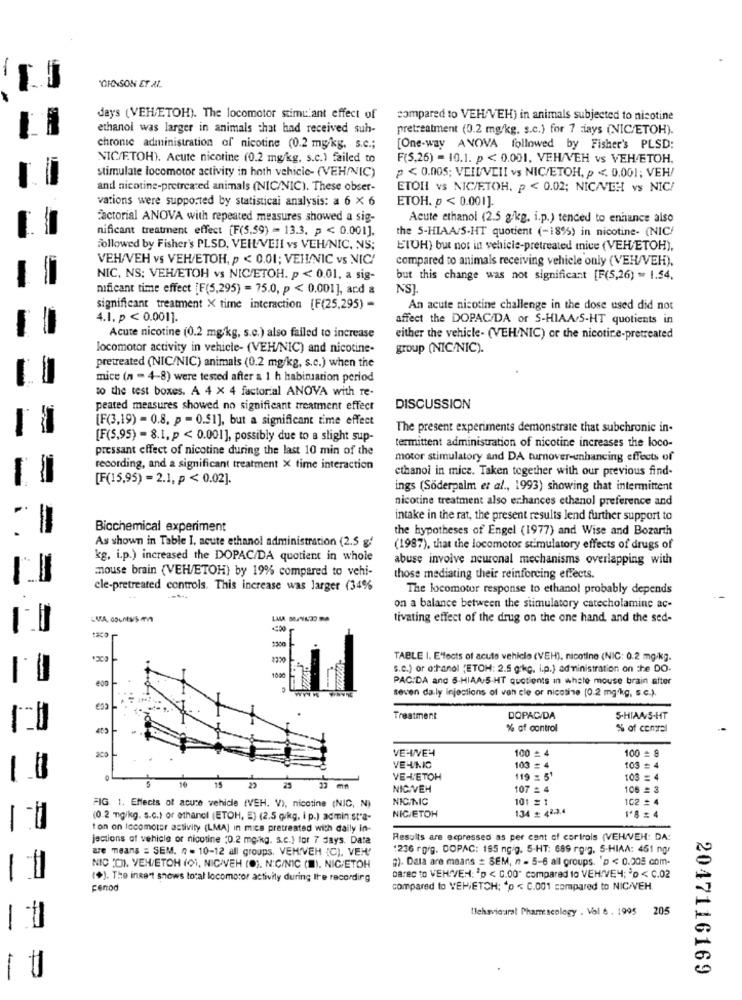
JOHNSON ET AL.
days (VEHETOH). The locomotor stimulant effect of
compared to VEH/VEH) in animals subjected to nicotine
ethanol was larger in animals that had received suh-
pretreatment (0.2 mg/kg. s.c.) for 7 ciays (NIC/ETOH).
chronic administration of nicotine (0.2 mg/kg, s.c .;
[One-way ANOVA followed by Fisher's PLSD:
NIC/F.TOH). Acute nicotine (0.2 mg/kg, s.c.) failed to
F(S.26) = 10.1. p < 0.001, VEH/VEH vs VEH/ETOH.
stimulate locomotor activity in hoth vehicle- (VEH/NIC)
p < 0.005; VEILVIII vs NIC/ETOH, p <. 0.001; VEH/
and nicotine-pretreated animals (NIC/NIC). These obser-
ETOII vs NIC/ETOH. p < 0.02; NIC/VEH vs NIC/
vations were supported by statistical analysis: a 6 X 6
ETOH. p < 0.001].
Factorial ANOVA with repeated measures showed a sig-
Acute ethanol (2.5 g/kg. i.p.) tended to enhance also
nificant treatment effect [F(5,59) = 13.3. p < 0.001].
the S-HIAA/S-HT quotient (-18%) in nicotine- (NIC/
followed by Fisher's PLSD, VEHL/VEI vs VEH/NIC, NS;
ETOH) but not in vehicle-pretreated mive (VEH/ETOH).
VEH/VEH vs VEH/ETOH, p < 0.01; VEI!/NIC vs NIC!
compared to animals receiving vehicle only (VEH/VEH),
NIC, NS; VEH/ETOH vs NIC/ETOH. p < 0.01. a sig-
but this change was not significant [F(5,26) = 1.54,
mificant time effect [F(5,295) = 75.0, p < 0.001], ard &
NS]
significant treatment X time interaction [F(25,295) -
An acute nicotine challenge in the dose used did not
4.1. p < 0.001].
affect the DOPAC/DA or S-HIAA/S-HT quotients in
Acute nicotine (0.2 mg/kg, s.c.) also failed to increase
either the vehicle- (VEH/NIC) or the nicotine-pretreated
locomotor activity in vehicle- (VEH/NIC) and nicotine-
group (NIC/NIC).
pretreated (NIC/NIC) animals (0.2 mg/kg, s.c.) when the
mice (n = 4-8) were tested after a 1 h habiniation period
to the test boxes. A 4 x 4 factorial ANOVA with re-
peated measures showed no significant treatment effect
DISCUSSION
[F(3,19) - 0.8. p = 0.51], but a significant time effect
The present experiments demonstrate that subchronic in-
[F(5,95) - 8.1. p < 0.001], possibly due to a slight sup-
pressant effect of nicotine during the last 10 min of the
termittent administration of nicotine increases the loco-
motor stimulatory and DA turnover-enhancing effects of
recording, and a significant treatment X time interaction
cthanoi in mice. Taken together with our previous find-
[F(15,95) = 2.1, p < 0.02].
ings (Soderpalm et al ., 1993) showing that intermittent
nicotine treatment also enhances ethanol preference and
intake in the rat, the present results lend further support to
Biochemical experiment
the hypotheses of Engel (1977) and Wise and Bozarth
As shown in Table I, acute ethanol administration (2.5 g!
(1987), that the locomotor stimulatory effects of drugs of
kg, i.p.) increased the DOPAC/DA quotient in whole
abuse involve neuronal mechanisms overlapping with
mouse brain (VEH/ETOH) by 19% compared to vehi-
those mediating their reinforcing effects.
cle-pretreated controls. This increase was larger (34%
The locomotor response to ethanol probably depends
on a balance between the stimulatory catecholamine ac-
tivating effect of the drug on the one hand, and the sed-
TABLE I. E"fects of acute vehicle (VEH), nicotine (NIC: 0.2 mg/kg.
s.c.) or o:hanol (ETOH: 2.5 gkc, i.p.) administration on the DO.
PAC:DA and 6-HIAA/5-HT quotients in whate mouse brain after
seven da ly injections of van cle or nicotine [0.2 mg/kg, s.c.).
Treatment
DOPAC/DA
5-HIAA/S-HT
% of control
% of central
200
VE-4VE4
100 £ 4
100 = 8
VELNO
103 = 4
103 = 4
1.8
VELETOH
119 = 51
103 = 4
22
23
NIC/VEH
107 =
106 = 3
NIC/NIC
101 = 1
102 = 4
FIG 1. Effects of acute vehicle (VEH. V), nicotine (NIC, N)
134 : 42.2.4
(0.2 mg/kg. s.c.) or ethancl (ETOH, E) (2.5 g/kg, i p.) admin:st'a-
NICETOH
-
ton on locomotor activity (LMA] in mics pretreated with daily in-
jections of vehicle or nicotine (0.2 mg/kg. s.c.) for 7 days. Data
Results are acpressed as per cent of cortrols (VEHAVEH: DA:
are means = SEM. n = 10-12 all groups. VEHIVEH (C), VEH'
1236 rg/g. DOPAC: 195 ngig. 5-HT: 689 rgrg. 5-HIAA: 451 ng/
2)- Data are means = SEM, n - 5-6 al groups. 'p < 0.005 com-
NIC CO). VEN/ETOH (01, NICIVEH (0). N:C/NIC (1). NIC/ETOH
1.0
(+). The insert shows total locomotor activity during the recording
Darec to VEHAVEN: 'p < 0.00" compared to VEH VE4; >o < C.02
Fenod
compared to VEHETCH: "p < C.001 compared to NIC/VEH
Behavioural Phamescology . Vel 6 . 1995
205
-
2047116169